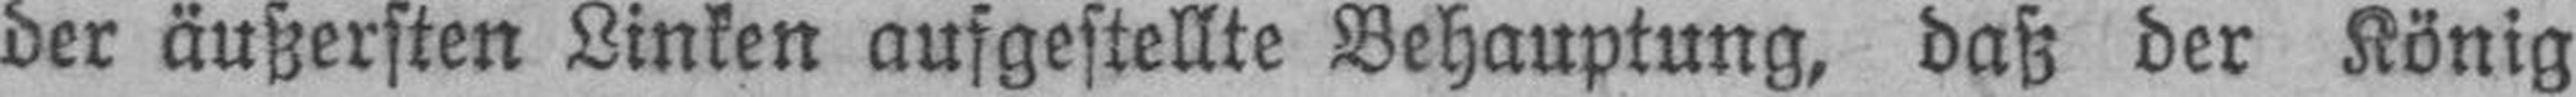
der äußersten Linken aufgestellte Behauptung, daß der König